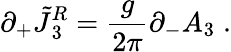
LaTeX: \partial_{+}\tilde{J}{^{R}_{3}}={\frac{g}{2\pi}}\partial_{-}A_{3}\; .